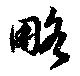
略